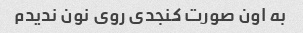
به اون صورت کنجدی روی نون ندیدم